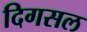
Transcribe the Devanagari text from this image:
दिगसल